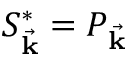
S _ { \vec { \mathbf { k } } } ^ { * } = P _ { \vec { \mathbf { k } } }